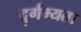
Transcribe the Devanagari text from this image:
दुर्गम्यता